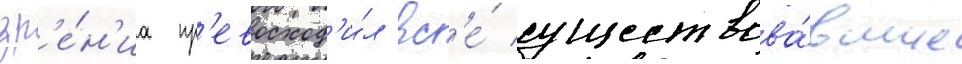
зр'е́н'иа пр'евосход'и́л вс'е́ существова́вшие